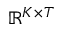
\mathbb { R } ^ { K \times T }